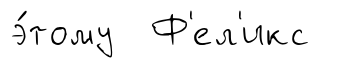
э́тому Ф'ел'икс